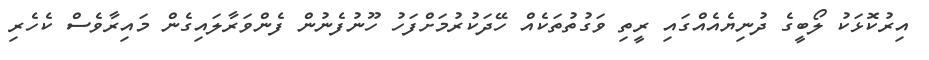
އިރުކޮޅަކު ލޯބީގެ ދުނިޔެއެއްގައި ރީތި ވަގުތުތަކެއް ހޭދަކުރުމަށްފަހު ހޫނުފެނުން ފެންވަރާލައިގެން މައިރާވެސް ކެހެރި